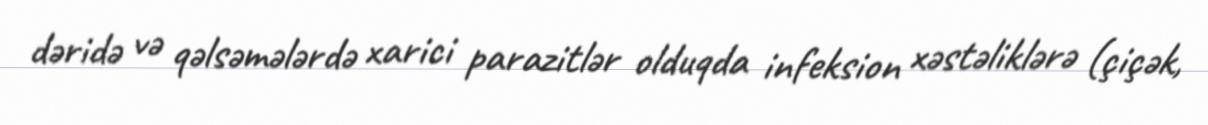
dəridə və qəlsəmələrdə xarici parazitlər olduqda infeksion xəstəliklərə (çiçək,